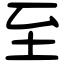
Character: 至